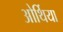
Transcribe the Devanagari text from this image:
ओर्थिया